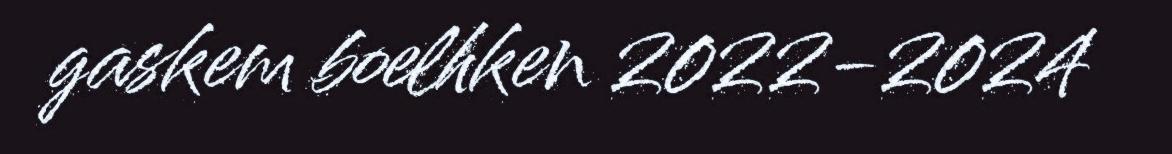
gaskem boelhken 2022-2024